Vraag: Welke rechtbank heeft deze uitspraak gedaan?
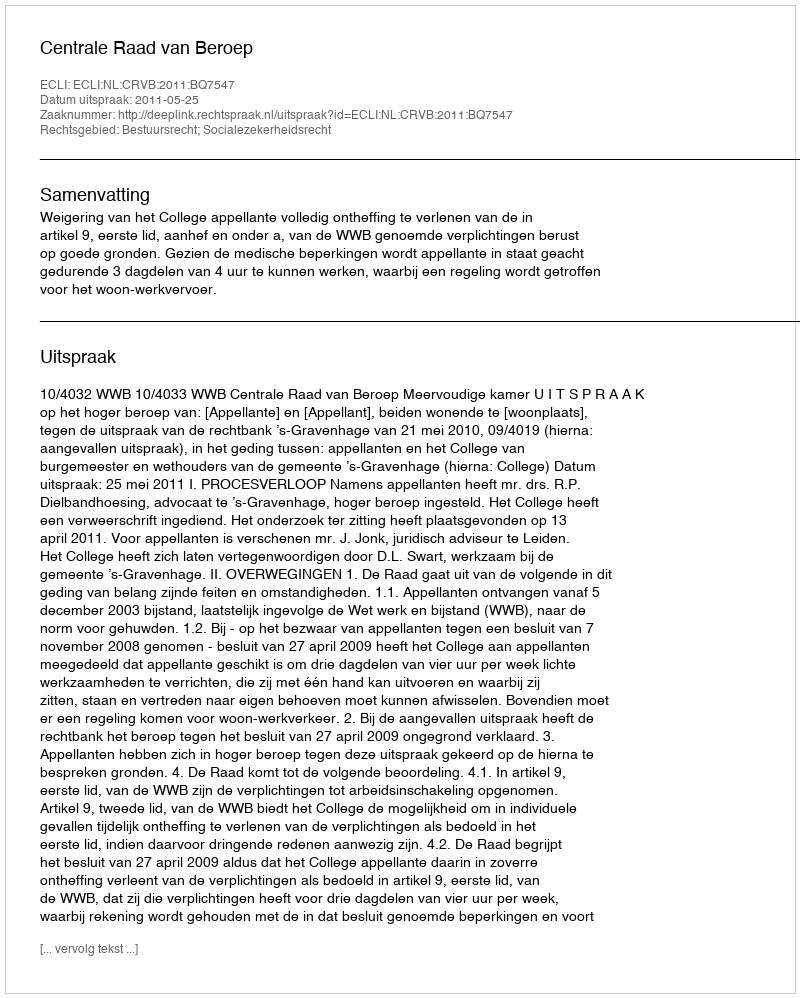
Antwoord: Centrale Raad van Beroep